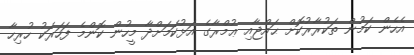
އެހެން ކަމުން ތަކުރާރުކޮށް ޙައްޖާއި ޢުމްރާގެ އަޅުކަމަށްދާ މީހުން ކޮންމެ ފަހަރަކު ހުރިހާ